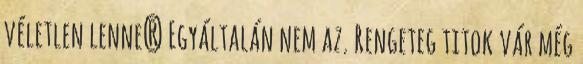
véletlen lenne? Egyáltalán nem az. Rengeteg titok vár még